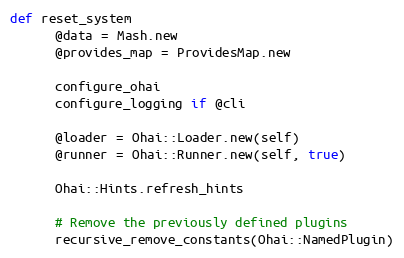
Language: Ruby
def reset_system
      @data = Mash.new
      @provides_map = ProvidesMap.new

      configure_ohai
      configure_logging if @cli

      @loader = Ohai::Loader.new(self)
      @runner = Ohai::Runner.new(self, true)

      Ohai::Hints.refresh_hints

      # Remove the previously defined plugins
      recursive_remove_constants(Ohai::NamedPlugin)